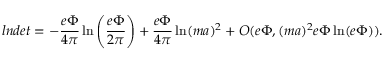
l n d e t = - \frac { e \Phi } { 4 \pi } \ln \left( \frac { e \Phi } { 2 \pi } \right) + \frac { e \Phi } { 4 \pi } \ln ( m a ) ^ { 2 } + O ( e \Phi , ( m a ) ^ { 2 } e \Phi \ln ( e \Phi ) ) .